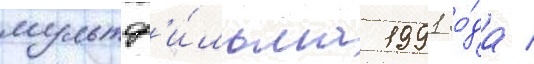
мультф'и́льма 1991 го́да /